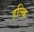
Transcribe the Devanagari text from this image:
हल्कि